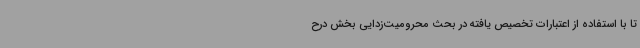
تا با استفاده از اعتبارات تخصیص یافته در بحث محرومیت‌زدایی بخش درح